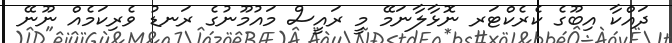
ދައްކާ އިބޫގެ ކެެރެކްޓަރ ނޮޅާލާނަމޭ މީ ރައީސް މައުމޫނުގެ ރަނޑު ވެރިކަމެއް ނޫނޭ